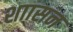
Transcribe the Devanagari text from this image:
शाासन